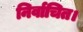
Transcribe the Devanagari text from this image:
निर्वाचित।